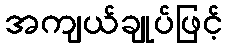
အကျယ်ချုပ်ဖြင့်